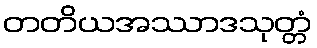
တတိယအဿာဒသုတ္တံ